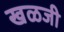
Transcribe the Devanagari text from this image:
खळजी